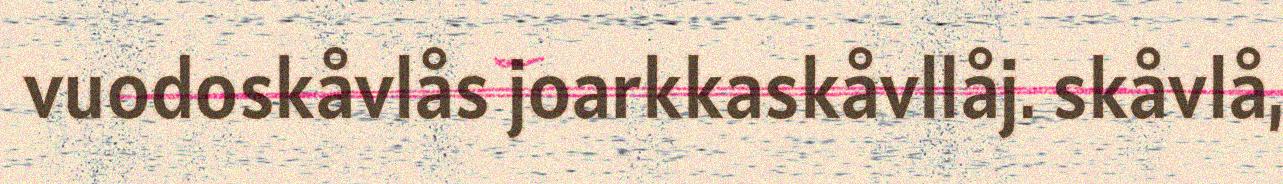
vuodoskåvlås joarkkaskåvllåj. skåvlå,